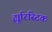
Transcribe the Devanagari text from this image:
ह्यूरिस्टिक